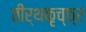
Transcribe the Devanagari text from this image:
तीर्थकृच्छ्र